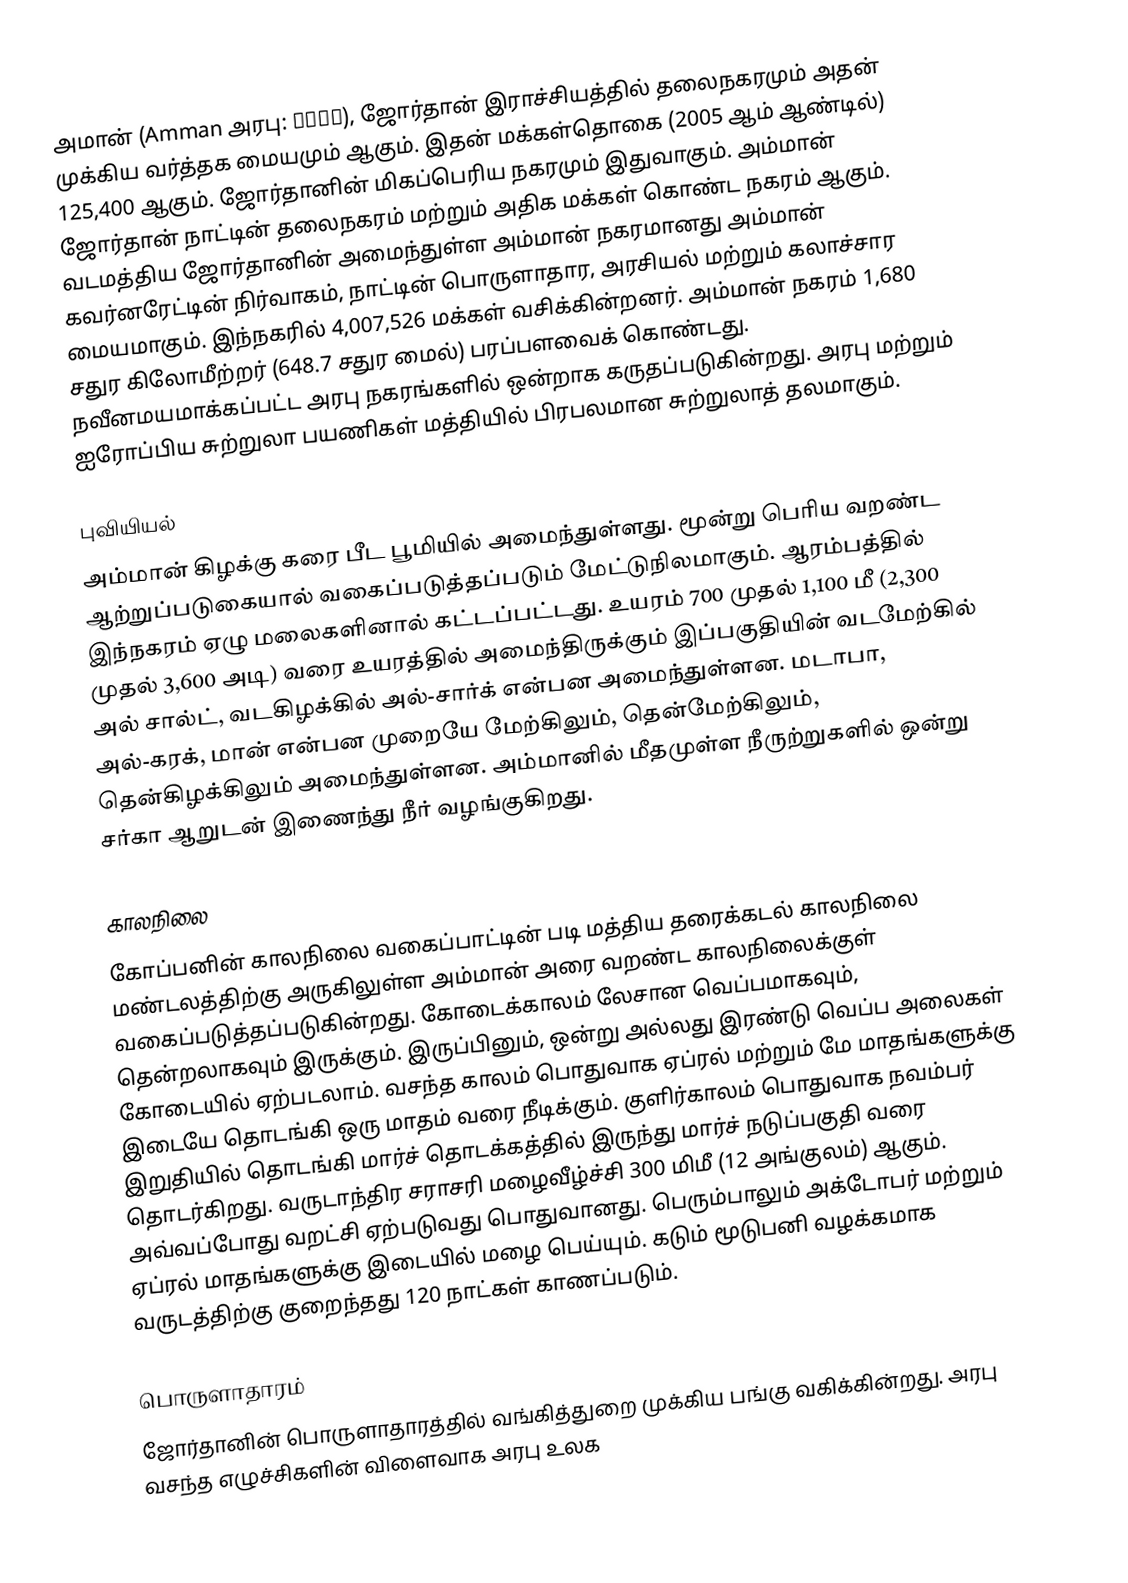
அமான் (Amman அரபு: عمان), ஜோர்தான் இராச்சியத்தில் தலைநகரமும் அதன் முக்கிய வர்த்தக மையமும் ஆகும். இதன் மக்கள்தொகை (2005 ஆம் ஆண்டில்) 125,400 ஆகும். ஜோர்தானின் மிகப்பெரிய நகரமும் இதுவாகும். அம்மான் ஜோர்தான் நாட்டின் தலைநகரம் மற்றும் அதிக மக்கள் கொண்ட நகரம் ஆகும்.  வடமத்திய ஜோர்தானின் அமைந்துள்ள அம்மான் நகரமானது அம்மான் கவர்னரேட்டின் நிர்வாகம், நாட்டின் பொருளாதார, அரசியல் மற்றும் கலாச்சார மையமாகும். இந்நகரில் 4,007,526 மக்கள் வசிக்கின்றனர். அம்மான் நகரம் 1,680 சதுர கிலோமீற்றர் (648.7 சதுர மைல்) பரப்பளவைக் கொண்டது. நவீனமயமாக்கப்பட்ட அரபு நகரங்களில் ஒன்றாக கருதப்படுகின்றது. அரபு மற்றும் ஐரோப்பிய சுற்றுலா பயணிகள் மத்தியில் பிரபலமான சுற்றுலாத் தலமாகும்.

புவியியல்
அம்மான் கிழக்கு கரை பீட பூமியில் அமைந்துள்ளது. மூன்று பெரிய வறண்ட ஆற்றுப்படுகையால் வகைப்படுத்தப்படும் மேட்டுநிலமாகும். ஆரம்பத்தில் இந்நகரம் ஏழு மலைகளினால் கட்டப்பட்டது. உயரம் 700 முதல் 1,100 மீ (2,300 முதல் 3,600 அடி) வரை உயரத்தில் அமைந்திருக்கும் இப்பகுதியின் வடமேற்கில் அல் சால்ட், வடகிழக்கில் அல்-சார்க் என்பன அமைந்துள்ளன. மடாபா, அல்-கரக், மான் என்பன முறையே மேற்கிலும், தென்மேற்கிலும், தென்கிழக்கிலும் அமைந்துள்ளன. அம்மானில் மீதமுள்ள நீருற்றுகளில் ஒன்று சர்கா ஆறுடன் இணைந்து நீர் வழங்குகிறது.

காலநிலை
கோப்பனின் காலநிலை வகைப்பாட்டின் படி மத்திய தரைக்கடல் காலநிலை மண்டலத்திற்கு அருகிலுள்ள அம்மான் அரை வறண்ட காலநிலைக்குள் வகைப்படுத்தப்படுகின்றது. கோடைக்காலம் லேசான வெப்பமாகவும், தென்றலாகவும் இருக்கும். இருப்பினும், ஒன்று அல்லது இரண்டு வெப்ப அலைகள் கோடையில் ஏற்படலாம். வசந்த காலம் பொதுவாக ஏப்ரல் மற்றும் மே மாதங்களுக்கு இடையே தொடங்கி ஒரு மாதம் வரை நீடிக்கும். குளிர்காலம் பொதுவாக நவம்பர் இறுதியில் தொடங்கி மார்ச் தொடக்கத்தில் இருந்து மார்ச் நடுப்பகுதி வரை தொடர்கிறது. வருடாந்திர சராசரி மழைவீழ்ச்சி  300 மிமீ (12 அங்குலம்) ஆகும். அவ்வப்போது வறட்சி ஏற்படுவது பொதுவானது. பெரும்பாலும் அக்டோபர் மற்றும் ஏப்ரல் மாதங்களுக்கு இடையில் மழை பெய்யும். கடும் மூடுபனி வழக்கமாக வருடத்திற்கு குறைந்தது 120 நாட்கள் காணப்படும்.

பொருளாதாரம்
ஜோர்தானின் பொருளாதாரத்தில் வங்கித்துறை முக்கிய பங்கு வகிக்கின்றது. அரபு வசந்த எழுச்சிகளின் விளைவாக அரபு உலக